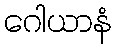
ဂေါယာနံ